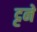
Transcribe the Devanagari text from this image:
ट्टने